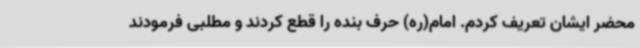
محضر ایشان تعریف کردم. امام(ره) حرف بنده را قطع کردند و مطلبی فرمودند